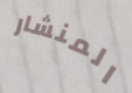
المنشار